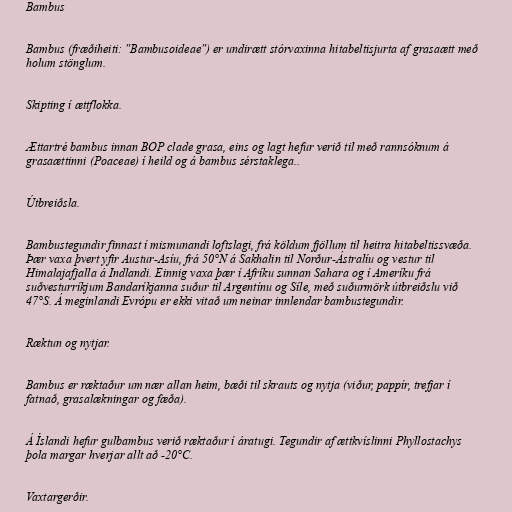
Bambus

Bambus (fræðiheiti: "Bambusoideae") er undirætt stórvaxinna hitabeltisjurta af grasaætt með
holum stönglum.

Skipting í ættflokka.

Ættartré bambus innan BOP clade grasa, eins og lagt hefur verið til með rannsóknum á
grasaættinni (Poaceae) í heild og á bambus sérstaklega..

Útbreiðsla.

Bambustegundir finnast í mismunandi loftslagi, frá köldum fjöllum til heitra hitabeltissvæða.
Þær vaxa þvert yfir Austur-Asíu, frá 50°N á Sakhalin til Norður-Ástralíu og vestur til
Himalajafjalla á Indlandi. Einnig vaxa þær í Afríku sunnan Sahara og í Ameríku frá
suðvesturríkjum Bandaríkjanna suður til Argentínu og Síle, með suðurmörk útbreiðslu við
47°S. Á meginlandi Evrópu er ekki vitað um neinar innlendar bambustegundir.

Ræktun og nytjar.

Bambus er ræktaður um nær allan heim, bæði til skrauts og nytja (viður, pappír, trefjar í
fatnað, grasalækningar og fæða).

Á Íslandi hefur gulbambus verið ræktaður í áratugi. Tegundir af ættkvíslinni Phyllostachys
þola margar hverjar allt að -20°C.

Vaxtargerðir.